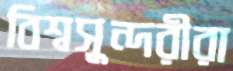
বিশ্বসুন্দরীরা